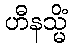
ဟီနသ္မိံ